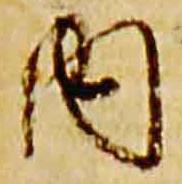
内